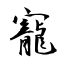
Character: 寵